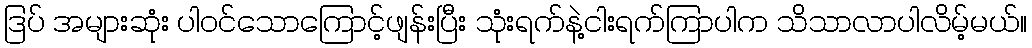
ဒြပ် အများဆုံး ပါဝင်သောကြောင့်ဖျန်းပြီး သုံးရက်နဲ့ငါးရက်ကြာပါက သိသာလာပါလိမ့်မယ်။